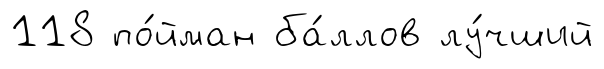
118 по́йман ба́ллов лу́чший